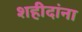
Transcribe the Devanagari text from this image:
शहीदांना